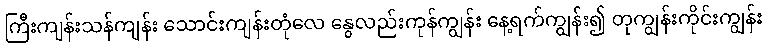
ကြီးကျန်းသန်ကျန်း သောင်းကျန်းတုံလေ နွေလည်းကုန်ကျွန်း နေ့ရက်ကျွန်း၍ တုကျွန်းကိုင်းကျွန်း